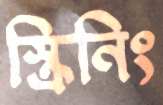
স্ক্রিনিং